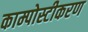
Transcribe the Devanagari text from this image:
काम्पोस्टीकरण